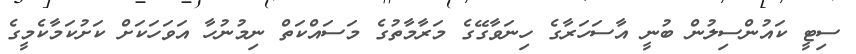
ސިޓީ ކައުންސިލުން ބުނީ އާސަހަރާގެ ހިނަވާގޭގެ މަރާމާތުގެ މަސައްކަތް ނިމުނުހާ އަވަހަކަށް ކަށުކަމާކެމީގެ